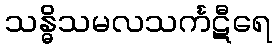
သန္ဓိသမလသင်္ကဋီရေ